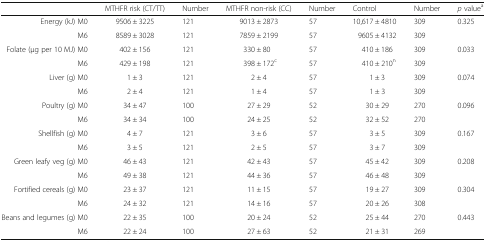
<table><thead><tr><td>[EMPTY_CELL]</td><td><b>MTHFR risk (CT/TT)</b></td><td><b>Number</b></td><td><b>MTHFR non-risk (CC)</b></td><td><b>Number</b></td><td><b>Control</b></td><td><b>Number</b></td><td><b><i>p</i> value<sup>a</sup></b></td></tr></thead><tbody><tr><td>Energy (kJ) M0</td><td>9506 ± 3225</td><td>121</td><td>9013 ± 2873</td><td>57</td><td>10,617 ± 4810</td><td>309</td><td rowspan="2">0.325</td></tr><tr><td>M6</td><td>8589 ± 3028</td><td>121</td><td>7859 ± 2199</td><td>57</td><td>9605 ± 4132</td><td>309</td></tr><tr><td>Folate (μg per 10 MJ) M0</td><td>402 ± 156</td><td>121</td><td>330 ± 80</td><td>57</td><td>410 ± 186</td><td>309</td><td rowspan="2">0.033</td></tr><tr><td>M6</td><td>429 ± 198</td><td>121</td><td>398 ± 172<sup>c</sup></td><td>57</td><td>410 ± 210<sup>n</sup></td><td>309</td></tr><tr><td>Liver (g) M0</td><td>1 ± 3</td><td>121</td><td>2 ± 4</td><td>57</td><td>1 ± 3</td><td>309</td><td rowspan="2">0.074</td></tr><tr><td>M6</td><td>2 ± 4</td><td>121</td><td>1 ± 4</td><td>57</td><td>1 ± 3</td><td>309</td></tr><tr><td>Poultry (g) M0</td><td>34 ± 47</td><td>100</td><td>27 ± 29</td><td>52</td><td>30 ± 29</td><td>270</td><td rowspan="2">0.096</td></tr><tr><td>M6</td><td>34 ± 34</td><td>100</td><td>24 ± 25</td><td>52</td><td>32 ± 52</td><td>270</td></tr><tr><td>Shellfish (g) M0</td><td>4 ± 7</td><td>121</td><td>3 ± 6</td><td>57</td><td>3 ± 5</td><td>309</td><td rowspan="2">0.167</td></tr><tr><td>M6</td><td>3 ± 5</td><td>121</td><td>2 ± 5</td><td>57</td><td>3 ± 7</td><td>309</td></tr><tr><td>Green leafy veg (g) M0</td><td>46 ± 43</td><td>121</td><td>42 ± 43</td><td>57</td><td>45 ± 42</td><td>309</td><td rowspan="2">0.208</td></tr><tr><td>M6</td><td>49 ± 38</td><td>121</td><td>44 ± 36</td><td>57</td><td>46 ± 48</td><td>309</td></tr><tr><td>Fortified cereals (g) M0</td><td>23 ± 37</td><td>121</td><td>11 ± 15</td><td>57</td><td>19 ± 27</td><td>309</td><td rowspan="2">0.304</td></tr><tr><td>M6</td><td>24 ± 32</td><td>121</td><td>14 ± 16</td><td>57</td><td>20 ± 26</td><td>308</td></tr><tr><td>Beans and legumes (g) M0</td><td>22 ± 35</td><td>100</td><td>20 ± 24</td><td>52</td><td>25 ± 44</td><td>270</td><td rowspan="2">0.443</td></tr><tr><td>M6</td><td>22 ± 24</td><td>100</td><td>27 ± 63</td><td>52</td><td>21 ± 31</td><td>269</td></tr></tbody></table>